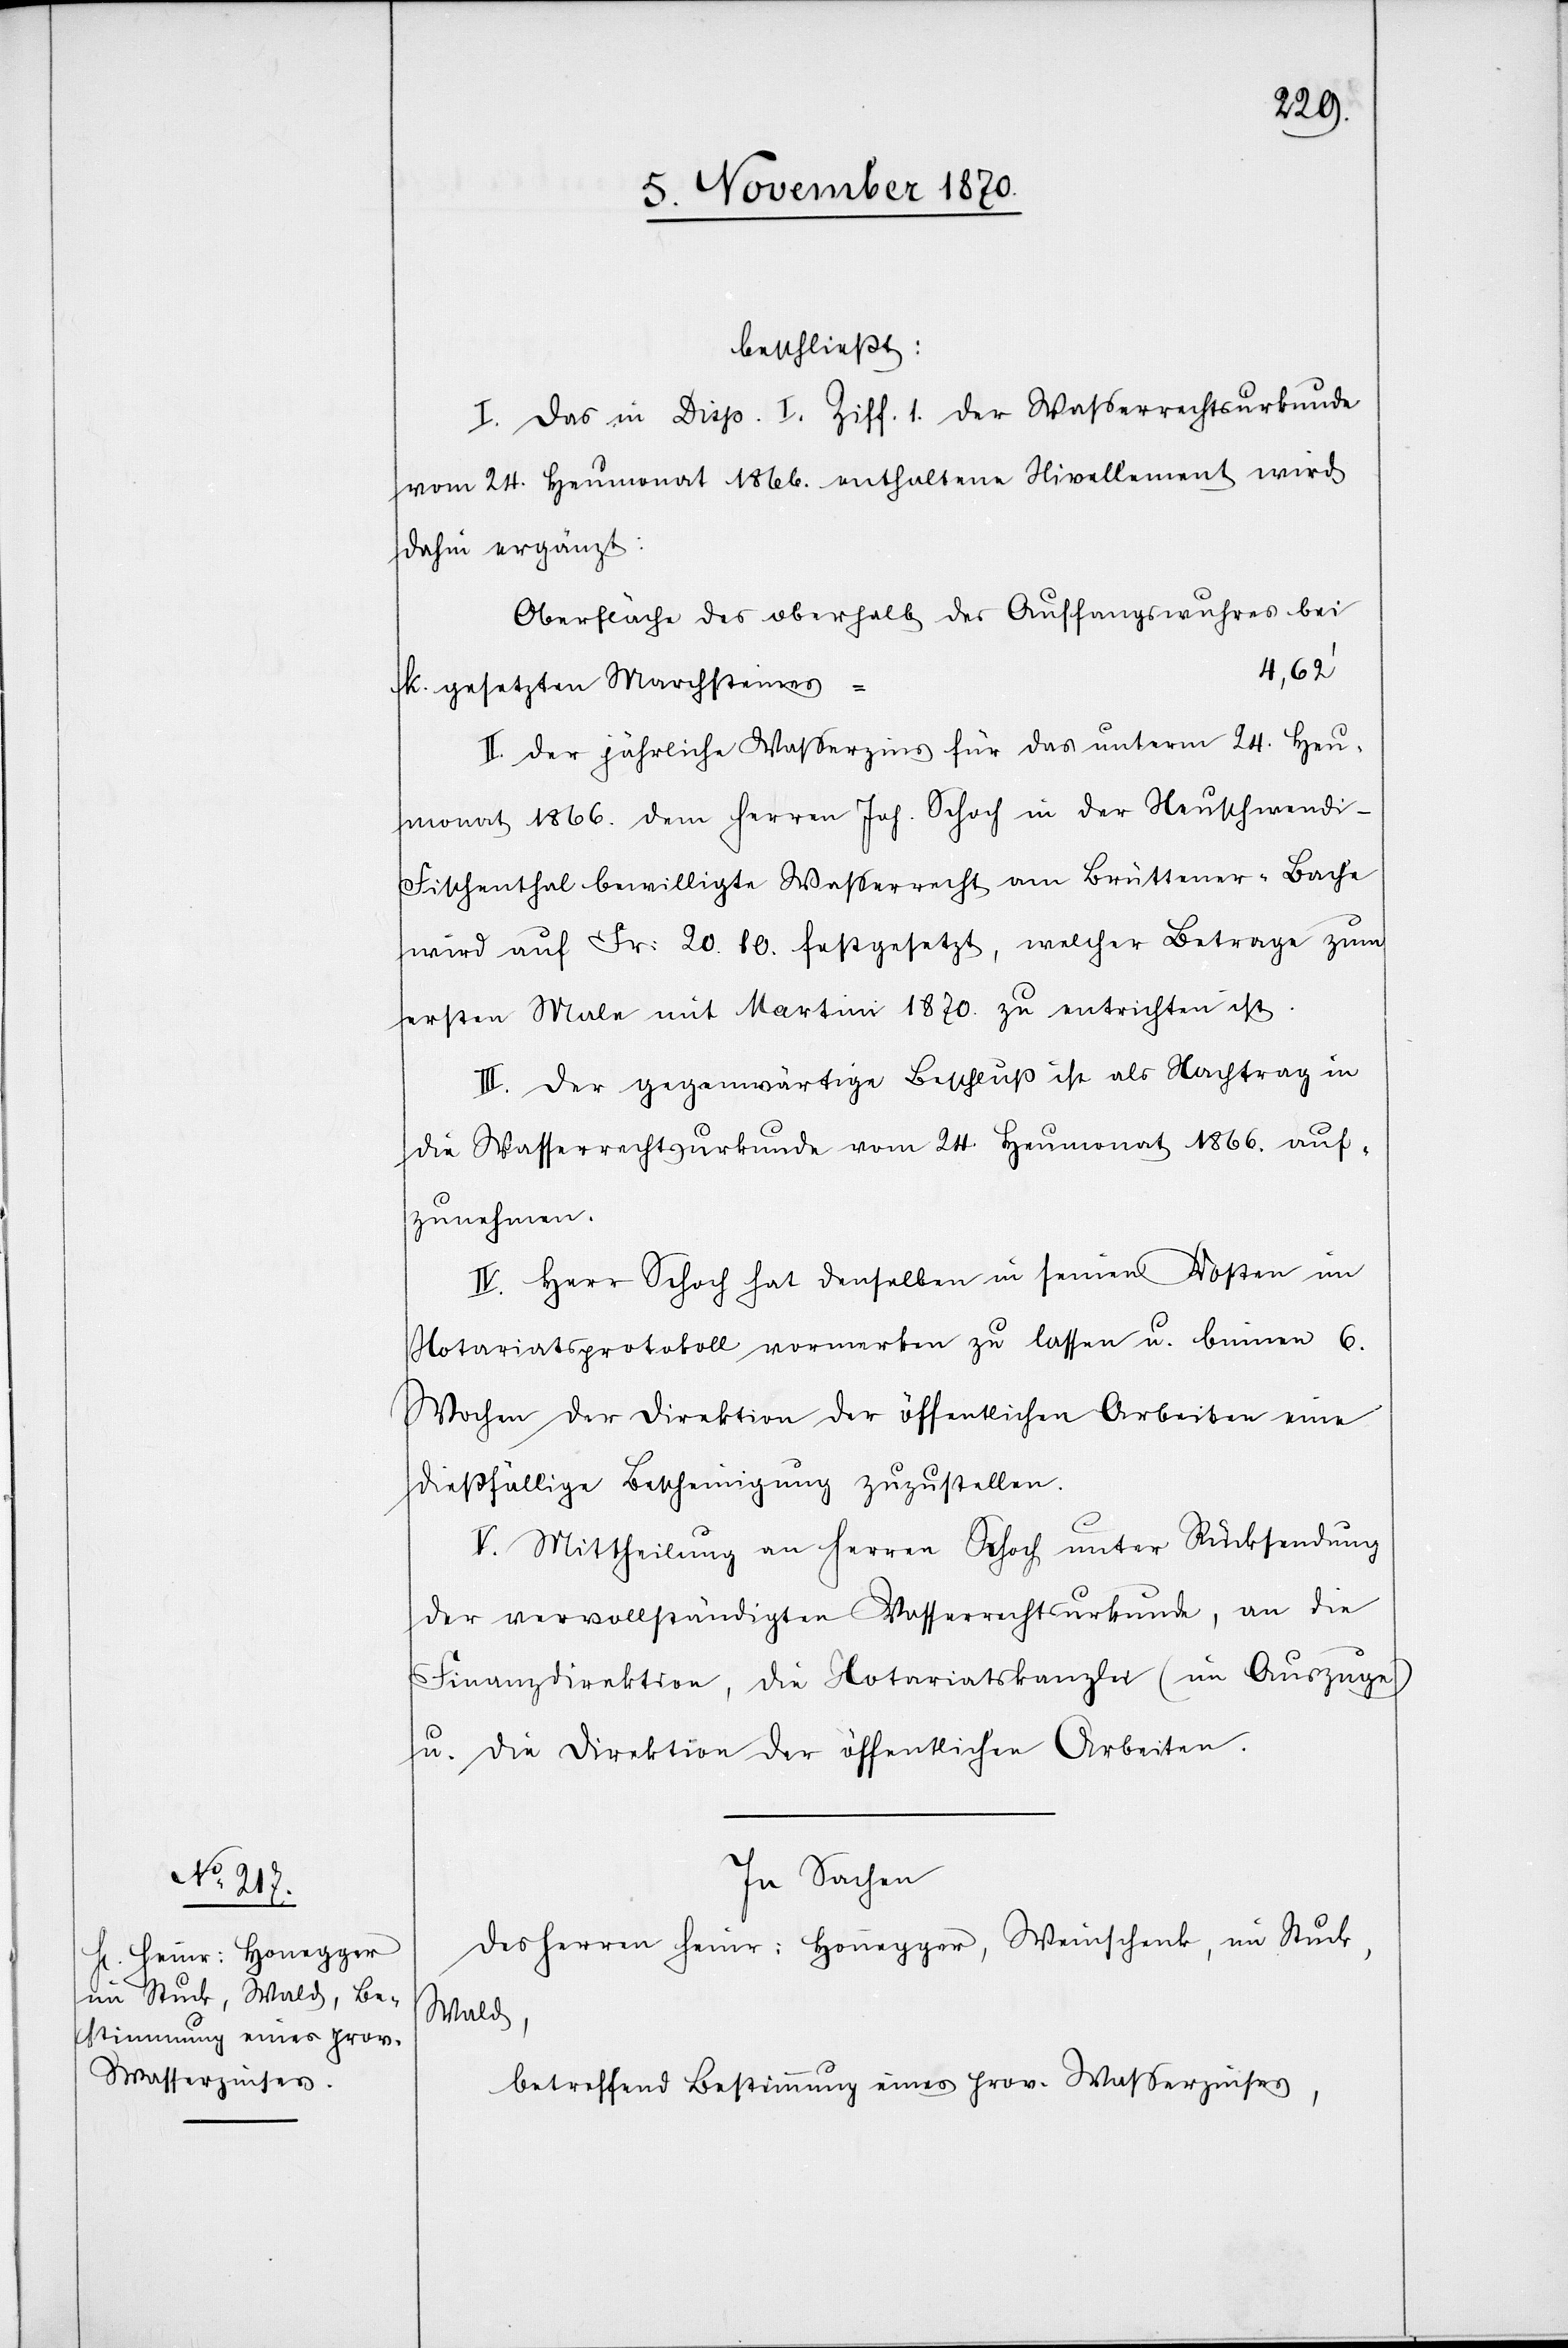
beschließt:
I. Das in Disp. I. Ziff. 1. der Waßerrechtsurkunde
vom 24. Heumonat 1866. enthaltene Nivellement wird
dahin ergänzt:
Oberfläche des oberhalb des Auffangswuhres bei
4,62’
k. gesetzten Marchsteines
II. Der jährliche Waßerzins für das unterm 24. Heu¬
monat 1866. dem Herren Joh. Schoch in der Neuschwendi -
Fischenthal bewilligte Waßerrecht am Brüttener-Bache
wird auf Fr: 20.80 festgesetzt, welcher Betrage zum
ersten Male mit Martini 1870. zu entrichten ist.
III. Der gegenwärtige Beschluß ist als Nachtrag in
die Waßerrechtsurkunde vom 24. Heumonat 1866. auf¬
zunehmen.
IV. Herr Schoch hat denselben in seinen Kosten im
Notariatsprotokoll vormerken zu lassen u. binnen 6.
Wochen der Direktion der öffentlichen Arbeiten eine
dießfällige Bescheinigung zuzustellen.
V. Mittheilung an Herren Schoch unter Rücksendung
der vervollständigten Wasserrechtsurkunde, an die
Finanzdirektion, die Notariatskanzlei (im Auszuge)
u. die Direktion der öffentlichen Arbeiten.
In Sachen
des Herren Heuer-Honnegger [sic!], Weinschenk, im Stuck,
Wald,
betreffend Bestimmung eines prov. Waßerzinses,